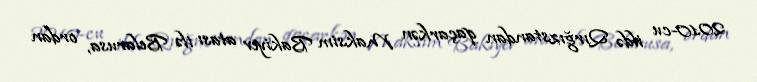
2010-cu ildə Qırğızstandan qaçarkən Maksim Bakiyev atası ilə Belarusa, ordan